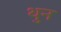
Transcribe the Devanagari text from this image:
थुन